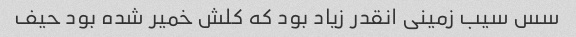
سس سیب زمینی انقدر زیاد بود که کلش خمیر شده بود حیف